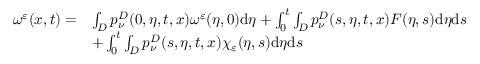
\begin{array} { r l } { \omega ^ { \varepsilon } ( x , t ) = } & { \int _ { D } p _ { \nu } ^ { D } ( 0 , \eta , t , x ) \omega ^ { \varepsilon } ( \eta , 0 ) \mathrm { d } \eta + \int _ { 0 } ^ { t } \int _ { D } p _ { \nu } ^ { D } ( s , \eta , t , x ) F ( \eta , s ) \mathrm { d } \eta \mathrm { d } s } \\ & { + \int _ { 0 } ^ { t } \int _ { D } p _ { \nu } ^ { D } ( s , \eta , t , x ) \chi _ { \varepsilon } ( \eta , s ) \mathrm { d } \eta \mathrm { d } s } \end{array}